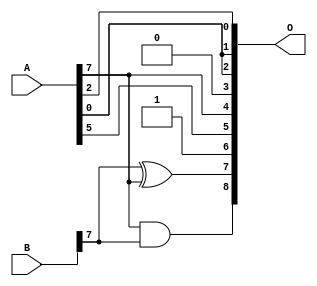
/***
* This code is a part of EvoApproxLib library (ehw.fit.vutbr.cz/approxlib) distributed under The MIT License.
* When used, please cite the following article(s):  
* This file contains a circuit from a sub-set of pareto optimal circuits with respect to the pwr and mae parameters
***/
// MAE% = 9.88 %
// MAE = 51 
// WCE% = 30.47 %
// WCE = 156 
// WCRE% = 6900.00 %
// EP% = 99.45 %
// MRE% = 24.87 %
// MSE = 3803 
// PDK45_PWR = 0.0015 mW
// PDK45_AREA = 8.0 um2
// PDK45_DELAY = 0.11 ns


module add8u_08V(A, B, O);
  input [7:0] A, B;
  output [8:0] O;
  assign O[8] = A[7] & B[7];
  assign O[3] = 1'b0;
  assign O[7] = B[7] ^ A[7];
  assign O[6] = 1'b1;
  assign O[0] = A[2];
  assign O[1] = A[0];
  assign O[2] = A[0];
  assign O[4] = A[7];
  assign O[5] = A[5];
endmodule